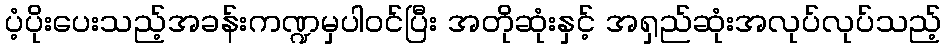
ပံ့ပိုးပေးသည့်အခန်းကဏ္ဍမှပါဝင်ပြီး အတိုဆုံးနှင့် အရှည်ဆုံးအလုပ်လုပ်သည့်